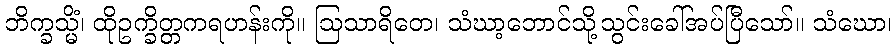
ဘိက္ခသ္မိံ၊ ထိုဥက္ခိတ္တကရဟန်းကို။ ဩသာရိတေ၊ သံဃာ့ဘောင်သို့သွင်းခေါ်အပ်ပြီသော်။ သံဃော၊